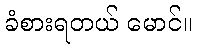
ခံစားရတယ် မောင်။